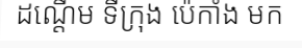
ដណ្តើម ទីក្រុង ប៉េកាំង មក